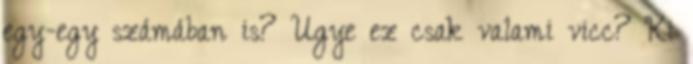
egy-egy számában is? Ugye ez csak valami vicc? Ki